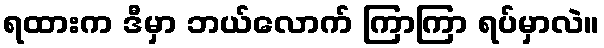
ရထားက ဒီမှာ ဘယ်လောက် ကြာကြာ ရပ်မှာလဲ။